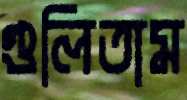
গুলিতাম